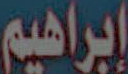
إبراهيم